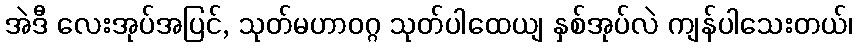
အဲဒီ လေးအုပ်အပြင်, သုတ်မဟာဝဂ္ဂ သုတ်ပါထေယျ နှစ်အုပ်လဲ ကျန်ပါသေးတယ်၊